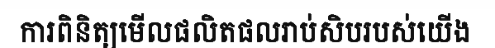
ការពិនិត្យមើលផលិតផលរាប់សិបរបស់យើង